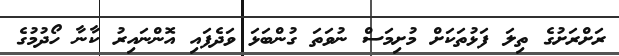
ރަށްރަށުގެ ތިލަ ފަޅުތަކަށް މުށިމަސް ނުވަތަ ގުންބަޅަ ވަދެފައި އޮންނައިރު ކާނާ ހޯދުމުގެ